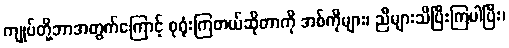
ကျုပ်တို့ဘာအတွက်ကြောင့် စုရုံးကြတယ်ဆိုတာကို အစ်ကိုများ၊ ညီများသိပြီးကြပါပြီး၊